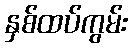
နှစ်ထပ်ကွမ်း